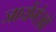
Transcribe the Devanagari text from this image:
जायेंगे।वो